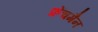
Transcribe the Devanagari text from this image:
फ्रेंचमैन